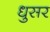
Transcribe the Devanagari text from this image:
धुसर